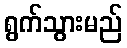
ရွက်သွားမည်